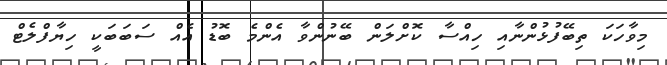
މިވާހަކަ ތިބޭފުޅުންނާއި ހިއްސާ ކޮށްލަން ބޭނުންވާ އެންމެ ބޮޑު އެއް ސަބަބަކީ ހިޔާފްލެޓް